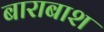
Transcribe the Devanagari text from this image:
बाराबाश